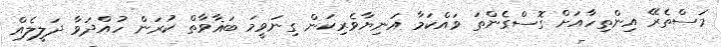
މަސްތެރޭ އިންތިހާއަށް ގޮސްގެންތަ ވައްކަމާ އަނިޔާވެރިކަން ގިނަވީމަ ބަޣާވާތް ކުރަން ހުއްދަވާ ދަލީލެއް